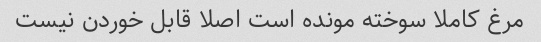
مرغ کاملا سوخته مونده است اصلا قابل خوردن نیست